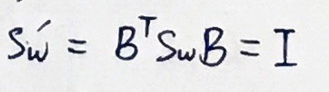
$S \acute{u} = B ^ { T } S _ { u } B = I$